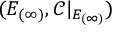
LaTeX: ( E _ { ( \infty ) } , { \mathcal { C } } | _ { E _ { ( \infty ) } } )